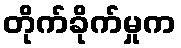
တိုက်ခိုက်မှုက